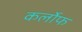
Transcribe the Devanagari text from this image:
कर्लोफ